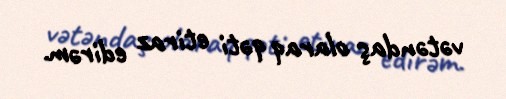
vətəndaş olaraq qəti etiraz edirəm.